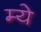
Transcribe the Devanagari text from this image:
म्ये